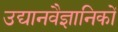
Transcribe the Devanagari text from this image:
उद्यानवैज्ञानिकों